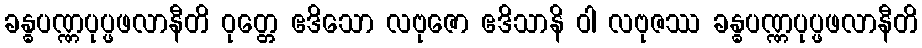
ခန္ဓပဏ္ဏပုပ္ဖဖလာနီတိ ဝုတ္တေ ဧဒိသော လဗုဇော ဧဒိသာနိ ဝါ လဗုဇဿ ခန္ဓပဏ္ဏပုပ္ဖဖလာနီတိ